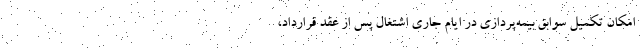
امکان تکمیل سوابق بیمه‌پردازی در ایام جاری اشتغال پس از عقد قرارداد،